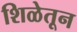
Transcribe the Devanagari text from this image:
शिळेतून